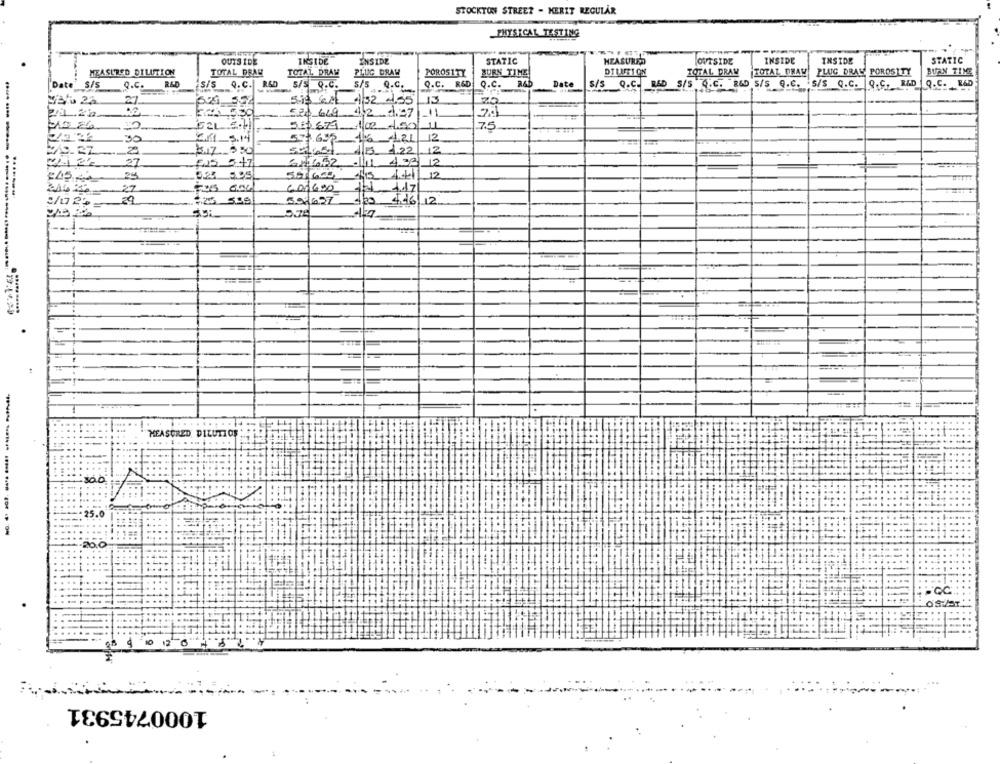
STOCKTON STREET - KERIT REGULAR
PHYSICAL TESTING
OUTSIDE
INSIDE
INSIDE
STATIC
HZASURED
OUTSIDE
INSIDE
INSIDE
T STATIC
TOTAL DRAW
PLUG DRAW POROSITY
MEASURED DILUTION
TOTAL DRAW
TOTAL DRAM
PLUG DRAW
POROSITY
BURN TIME
DTUITION
TOTAL DRAW
BURN TIME
Q.C. R&D
S/S Q.C. R&D
S/S Q.C.
s/s Q.c.
Q.C. RED Q.C.
Date
S/S Q.C. RED S/S .C. R&D S/S Q.C. S/S Q.C. Q.C. RED Q.C. RED
Date S/S
5.18 CM 432 4.55
22,
580 649 4.2 2.27
1
58 679 1/02 -1gol
11
7.5
12
2 3.14
5016st 15 1.22
12
£15 547
64682 11 438 12
24
561 600 418 4411 12
6 0,600
f3-4.47
594627 d20 4/06/12
5.74
..... .....
MEASURED DILUTZOF
. ..
.....
----- -- - -
1000745931